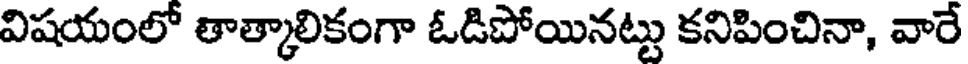
విషయంలో తాత్కాలికంగా ఓడిపోయినట్టు కనిపించినా, వారే